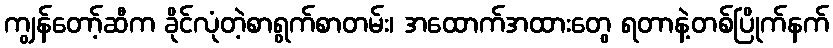
ကျွန်တော့်ဆီက ခိုင်လုံတဲ့စာရွက်စာတမ်း၊ အထောက်အထားတွေ ရတာနဲ့တစ်ပြိုက်နက်